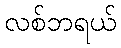
လစ်ဘရယ်